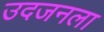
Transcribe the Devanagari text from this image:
उदजनला